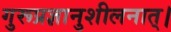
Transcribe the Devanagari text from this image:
गुरूप्रज्ञानुशीलनात्।